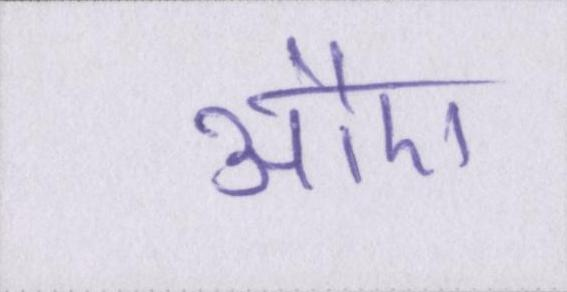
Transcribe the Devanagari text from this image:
औए